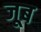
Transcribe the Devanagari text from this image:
जूब